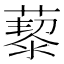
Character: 𦾅